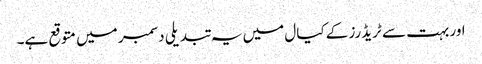
اور بہت سے ٹریڈرز کے کیال میں یہ تبدیلی دسمبر میں متوقع ہے۔